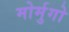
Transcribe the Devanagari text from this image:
मोर्मुगो